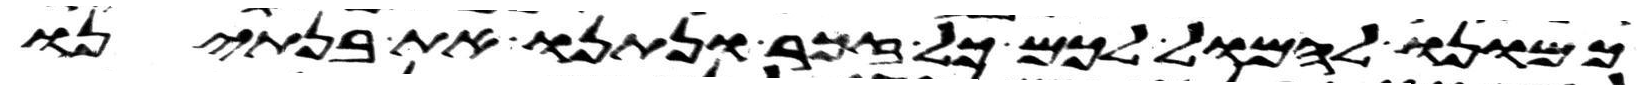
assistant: כמונו להמול לכם כל זכר ונתנו את בנתינו